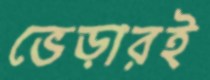
ভেড়ারই